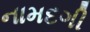
નામદગી